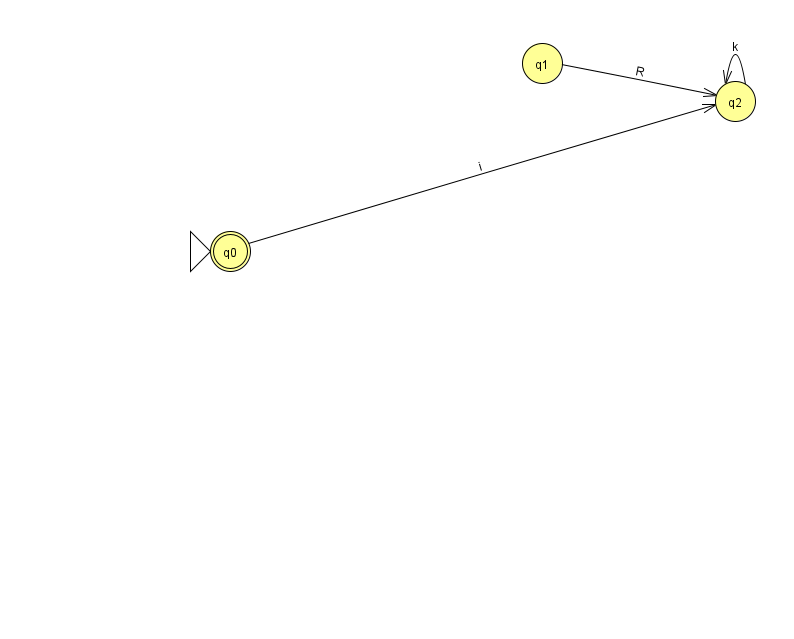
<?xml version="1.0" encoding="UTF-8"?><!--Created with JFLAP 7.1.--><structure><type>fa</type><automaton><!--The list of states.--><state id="0" name="q0"><x>230.0</x><y>238.0</y><initial/><final/></state><state id="1" name="q1"><x>542.0</x><y>50.0</y></state><state id="2" name="q2"><x>735.0</x><y>88.0</y></state><!--The list of transitions.--><transition><from>1</from><to>2</to><read>R</read></transition><transition><from>2</from><to>2</to><read>k</read></transition><transition><from>0</from><to>2</to><read>i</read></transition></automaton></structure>